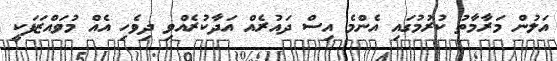
އަލުން މަރާމާތު ކުރުމުގައި އެންމެ އިސް ދައުރެއް އަދާކުރެއްވި ދިވެހި އެއް މުވައްޒަފަކީ